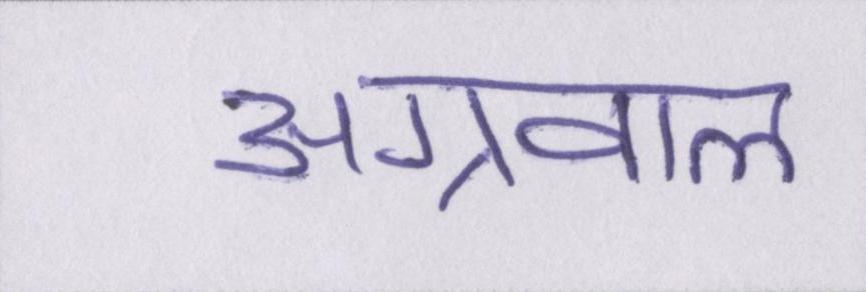
अग्रवाल